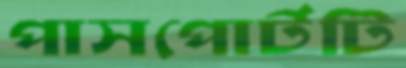
পাসপোর্টটি